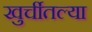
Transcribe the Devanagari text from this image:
खुर्चीतल्या